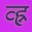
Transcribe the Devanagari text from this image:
व्ह्न